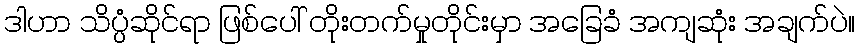
ဒါဟာ သိပ္ပံဆိုင်ရာ ဖြစ်ပေါ် တိုးတက်မှုတိုင်းမှာ အခြေခံ အကျဆုံး အချက်ပဲ။